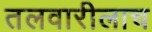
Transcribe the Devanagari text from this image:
तलवारीलाच